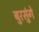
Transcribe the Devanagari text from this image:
बुरसुंगे